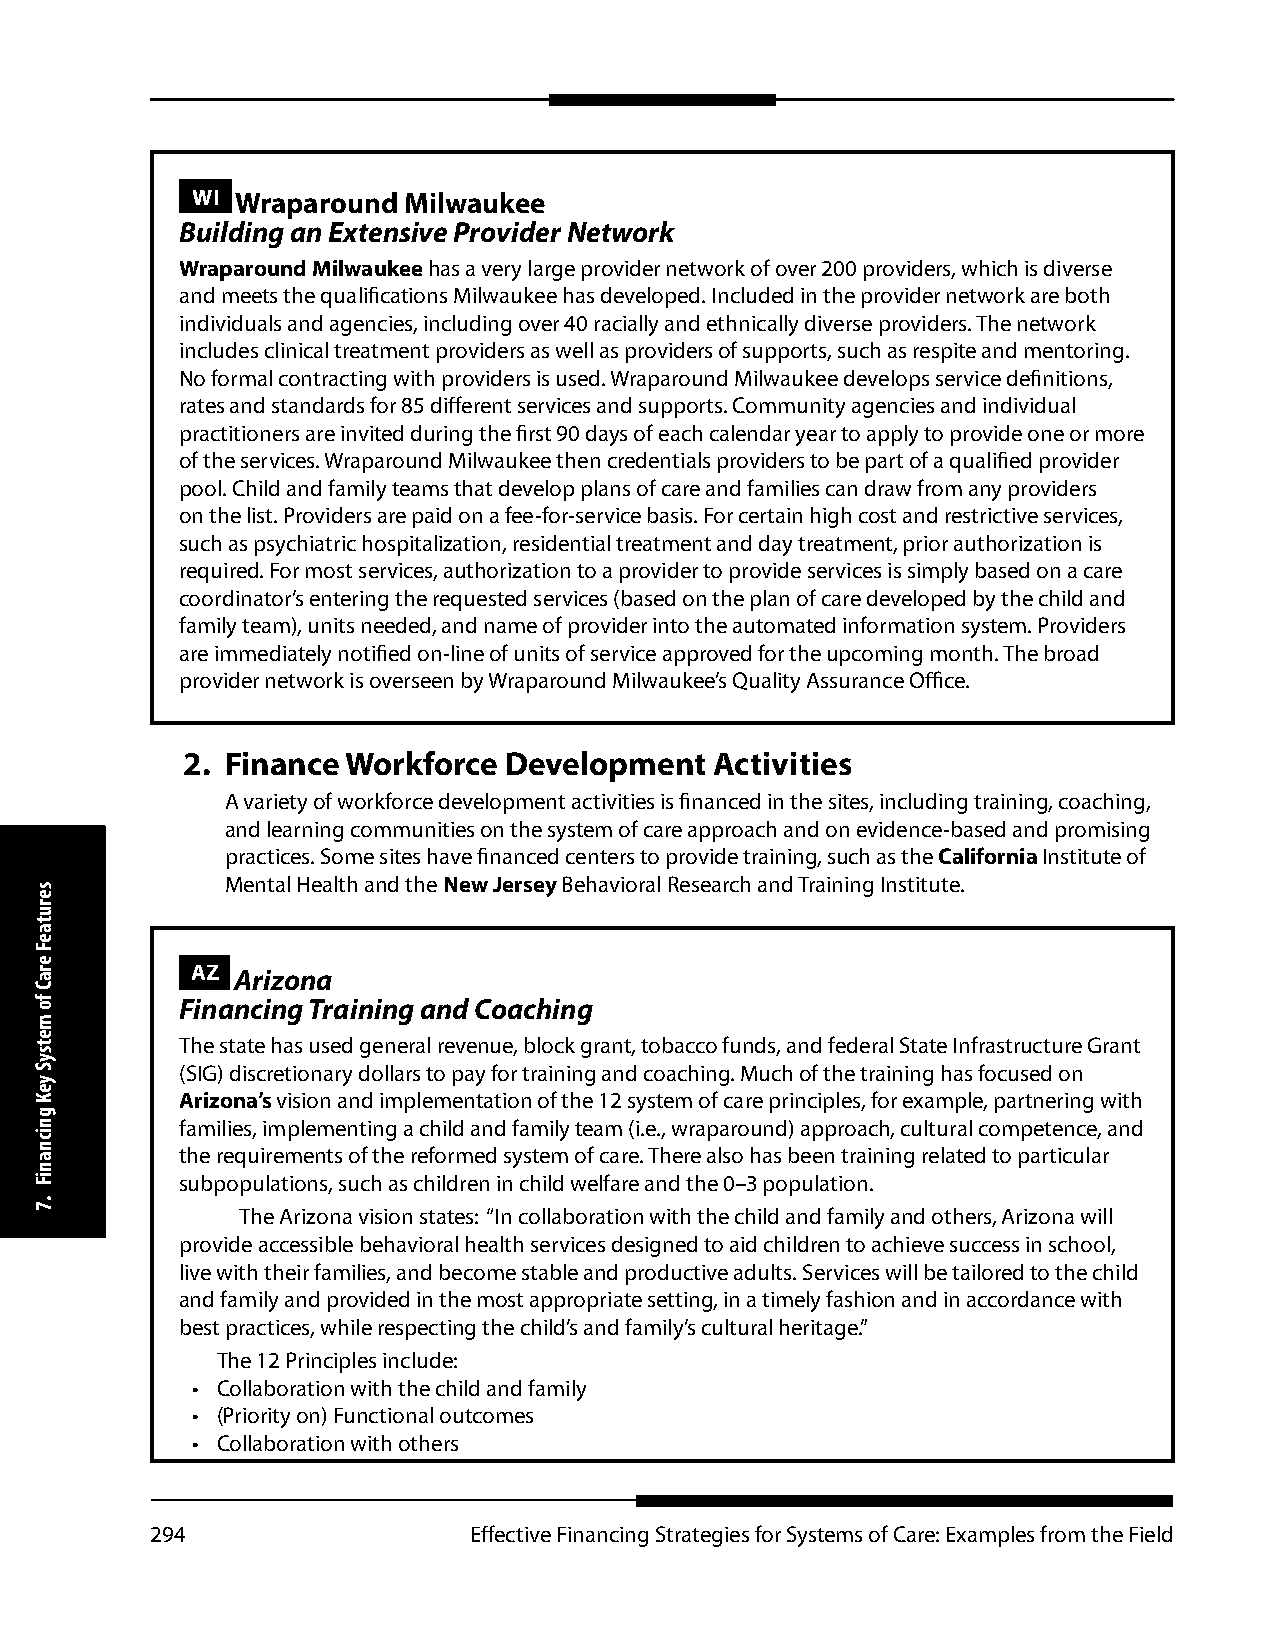
WI Wraparound Milwaukee
 Building an Extensive Provider Network
 Wraparound Milwaukee has a very large provider network of over 200 providers, which is diverse
 and meets the qualifications Milwaukee has developed. Included in the provider network are both
 individuals and agencies, including over 40 racially and ethnically diverse providers. The network
 includes clinical treatment providers as well as providers of supports, such as respite and mentoring.
 No formal contracting with providers is used. Wraparound Milwaukee develops service definitions,
 rates and standards for 85 different services and supports. Community agencies and individual
 practitioners are invited during the first 90 days of each calendar year to apply to provide one or more
 of the services. Wraparound Milwaukee then credentials providers to be part of a qualified provider
 pool. Child and family teams that develop plans of care and families can draw from any providers
 on the list. Providers are paid on a fee-for-service basis. For certain high cost and restrictive services,
 such as psychiatric hospitalization, residential treatment and day treatment, prior authorization is
 required. For most services, authorization to a provider to provide services is simply based on a care
 coordinator’s entering the requested services (based on the plan of care developed by the child and
 family team), units needed, and name of provider into the automated information system. Providers
 are immediately notified on-line of units of service approved for the upcoming month. The broad
 provider network is overseen by Wraparound Milwaukee’s Quality Assurance Office.
 2. Finance Workforce Development   Activities
 A variety of workforce development activities is financed in the sites, including training, coaching,
 and learning communities on the system of care approach and on evidence-based and promising
 practices. Some sites have financed centers to provide training, such as the California Institute of
 Mental Health and the New Jersey Behavioral Research and Training Institute.
 AZ Arizona
 Financing Training and Coaching
 The state has used general revenue, block grant, tobacco funds, and federal State Infrastructure Grant
 (SIG) discretionary dollars to pay for training and coaching. Much of the training has focused on
 Arizona’s vision and implementation of the 12 system of care principles, for example, partnering with
 families, implementing a child and family team (i.e., wraparound) approach, cultural competence, and
 the requirements of the reformed system of care. There also has been training related to particular
 subpopulations, such as children in child welfare and the 0–3 population.
 The Arizona vision states: “In collaboration with the child and family and others, Arizona will
 provide accessible behavioral health services designed to aid children to achieve success in school,
 live with their families, and become stable and productive adults. Services will be tailored to the child
 and family and provided in the most appropriate setting, in a timely fashion and in accordance with
 best practices, while respecting the child’s and family’s cultural heritage.”
 The 12 Principles include:
 • Collaboration with the child and family
 • (Priority on) Functional outcomes
 • Collaboration with others
 294                  Effective Financing Strategies for Systems of Care: Examples from the Field
 serutaeF
 eraC
 fo
 metsyS
 yeK
 gnicnaniF
 .7